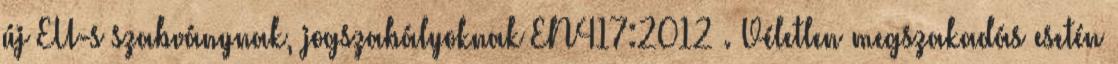
új EU-s szabványnak, jogszabályoknak EN417:2012 . Véletlen megszakadás esetén